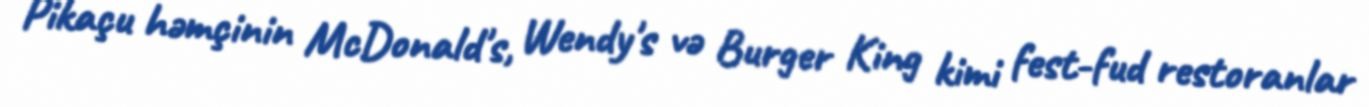
Pikaçu həmçinin McDonald's, Wendy's və Burger King kimi fest-fud restoranlar